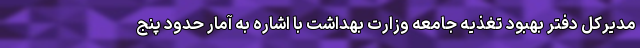
مدیرکل دفتر بهبود تغذیه جامعه وزارت بهداشت با اشاره به آمار حدود پنج